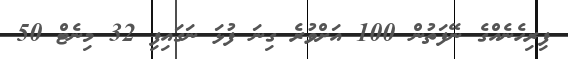
ފިރިހެނެއްގެ ނޭފަތުން 100 އަށްވުރެ ގިނަ ފުޅަ ނަގައިފި 32 މިނެޓް 50